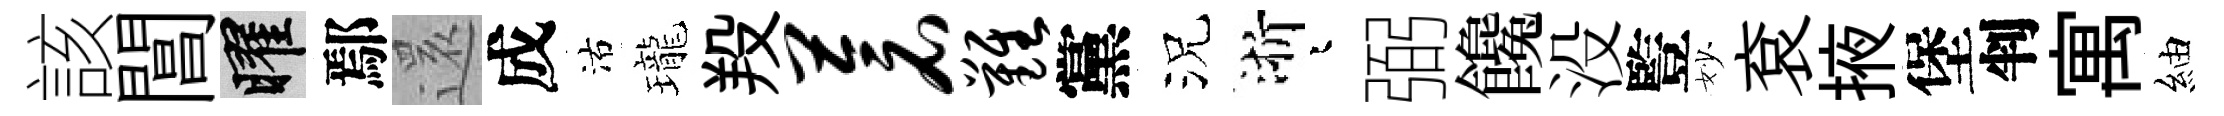
該閶曜鄢𮟃成沽瓏羖苍难黨況浙迢弼饞没䜿妙袞掖堡判寓紬